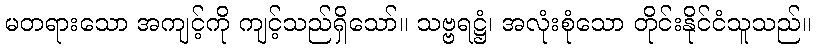
မတရားသော အကျင့်ကို ကျင့်သည်ရှိသော်။ သဗ္ဗရဋ္ဌံ၊ အလုံးစုံသော တိုင်းနိုင်ငံသူသည်။